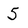
Character: 5